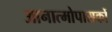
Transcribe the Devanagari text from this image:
आनात्मोपासकों